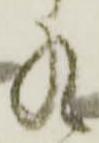
九